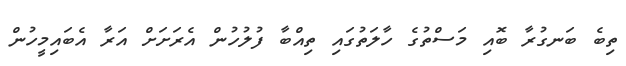
ތިބެ ބަނގުރާ ބޮއި މަސްތުގެ ހާލަތުގައި ތިއްބާ ފުލުހުން އެރަށަށް އަރާ އެބައިމީހުން